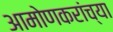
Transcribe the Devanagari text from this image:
आमोणकरांच्या